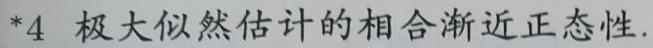
*4 极大似然估计的相合渐近正态性.